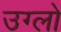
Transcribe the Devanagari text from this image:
उग्लो